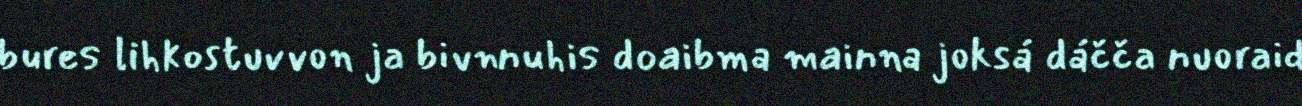
bures lihkostuvvon ja bivnnuhis doaibma mainna joksá dáčča nuoraid